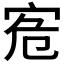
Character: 𡧭